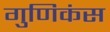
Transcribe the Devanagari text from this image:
गुणिकंस